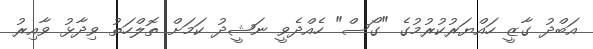
އަބްދު ގާޒީ ހައްޔަރުކުރުމުގެ "ގޯސް" ހެއްދެވީ ނަޝީދު ކަމަށް ތޮލްހަތު ވިދާޅު ވާއިރު